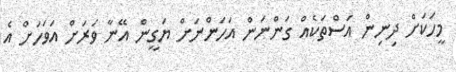
މީހަކަށް ދިނިން އަސްތަކެއް ގަންނަން އަހަންނަށް ޔަގީން އޭނާ ވަރަށް އަވަހަށް އެ